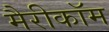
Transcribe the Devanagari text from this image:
मैरीकॉम